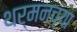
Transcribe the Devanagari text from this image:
थर्मनच्या